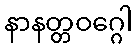
နာနတ္တဝဂ္ဂေါ